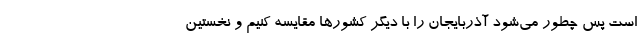
است پس چطور می‌شود آذربایجان را با دیگر کشورها مقایسه کنیم و نخستین